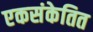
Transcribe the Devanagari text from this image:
एकसंकेतित